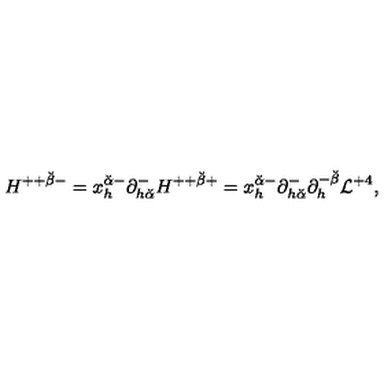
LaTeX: H ^ { + + { \breve { \beta } } - } = x _ { h } ^ { { \breve { \alpha } } - } \partial _ { h { \breve { \alpha } } } ^ { - } H ^ { + + { \breve { \beta } } + } = x _ { h } ^ { { \breve { \alpha } } - } \partial _ { h { \breve { \alpha } } } ^ { - } \partial _ { h } ^ { - { \breve { \beta } } } { \cal L } ^ { + 4 } ,